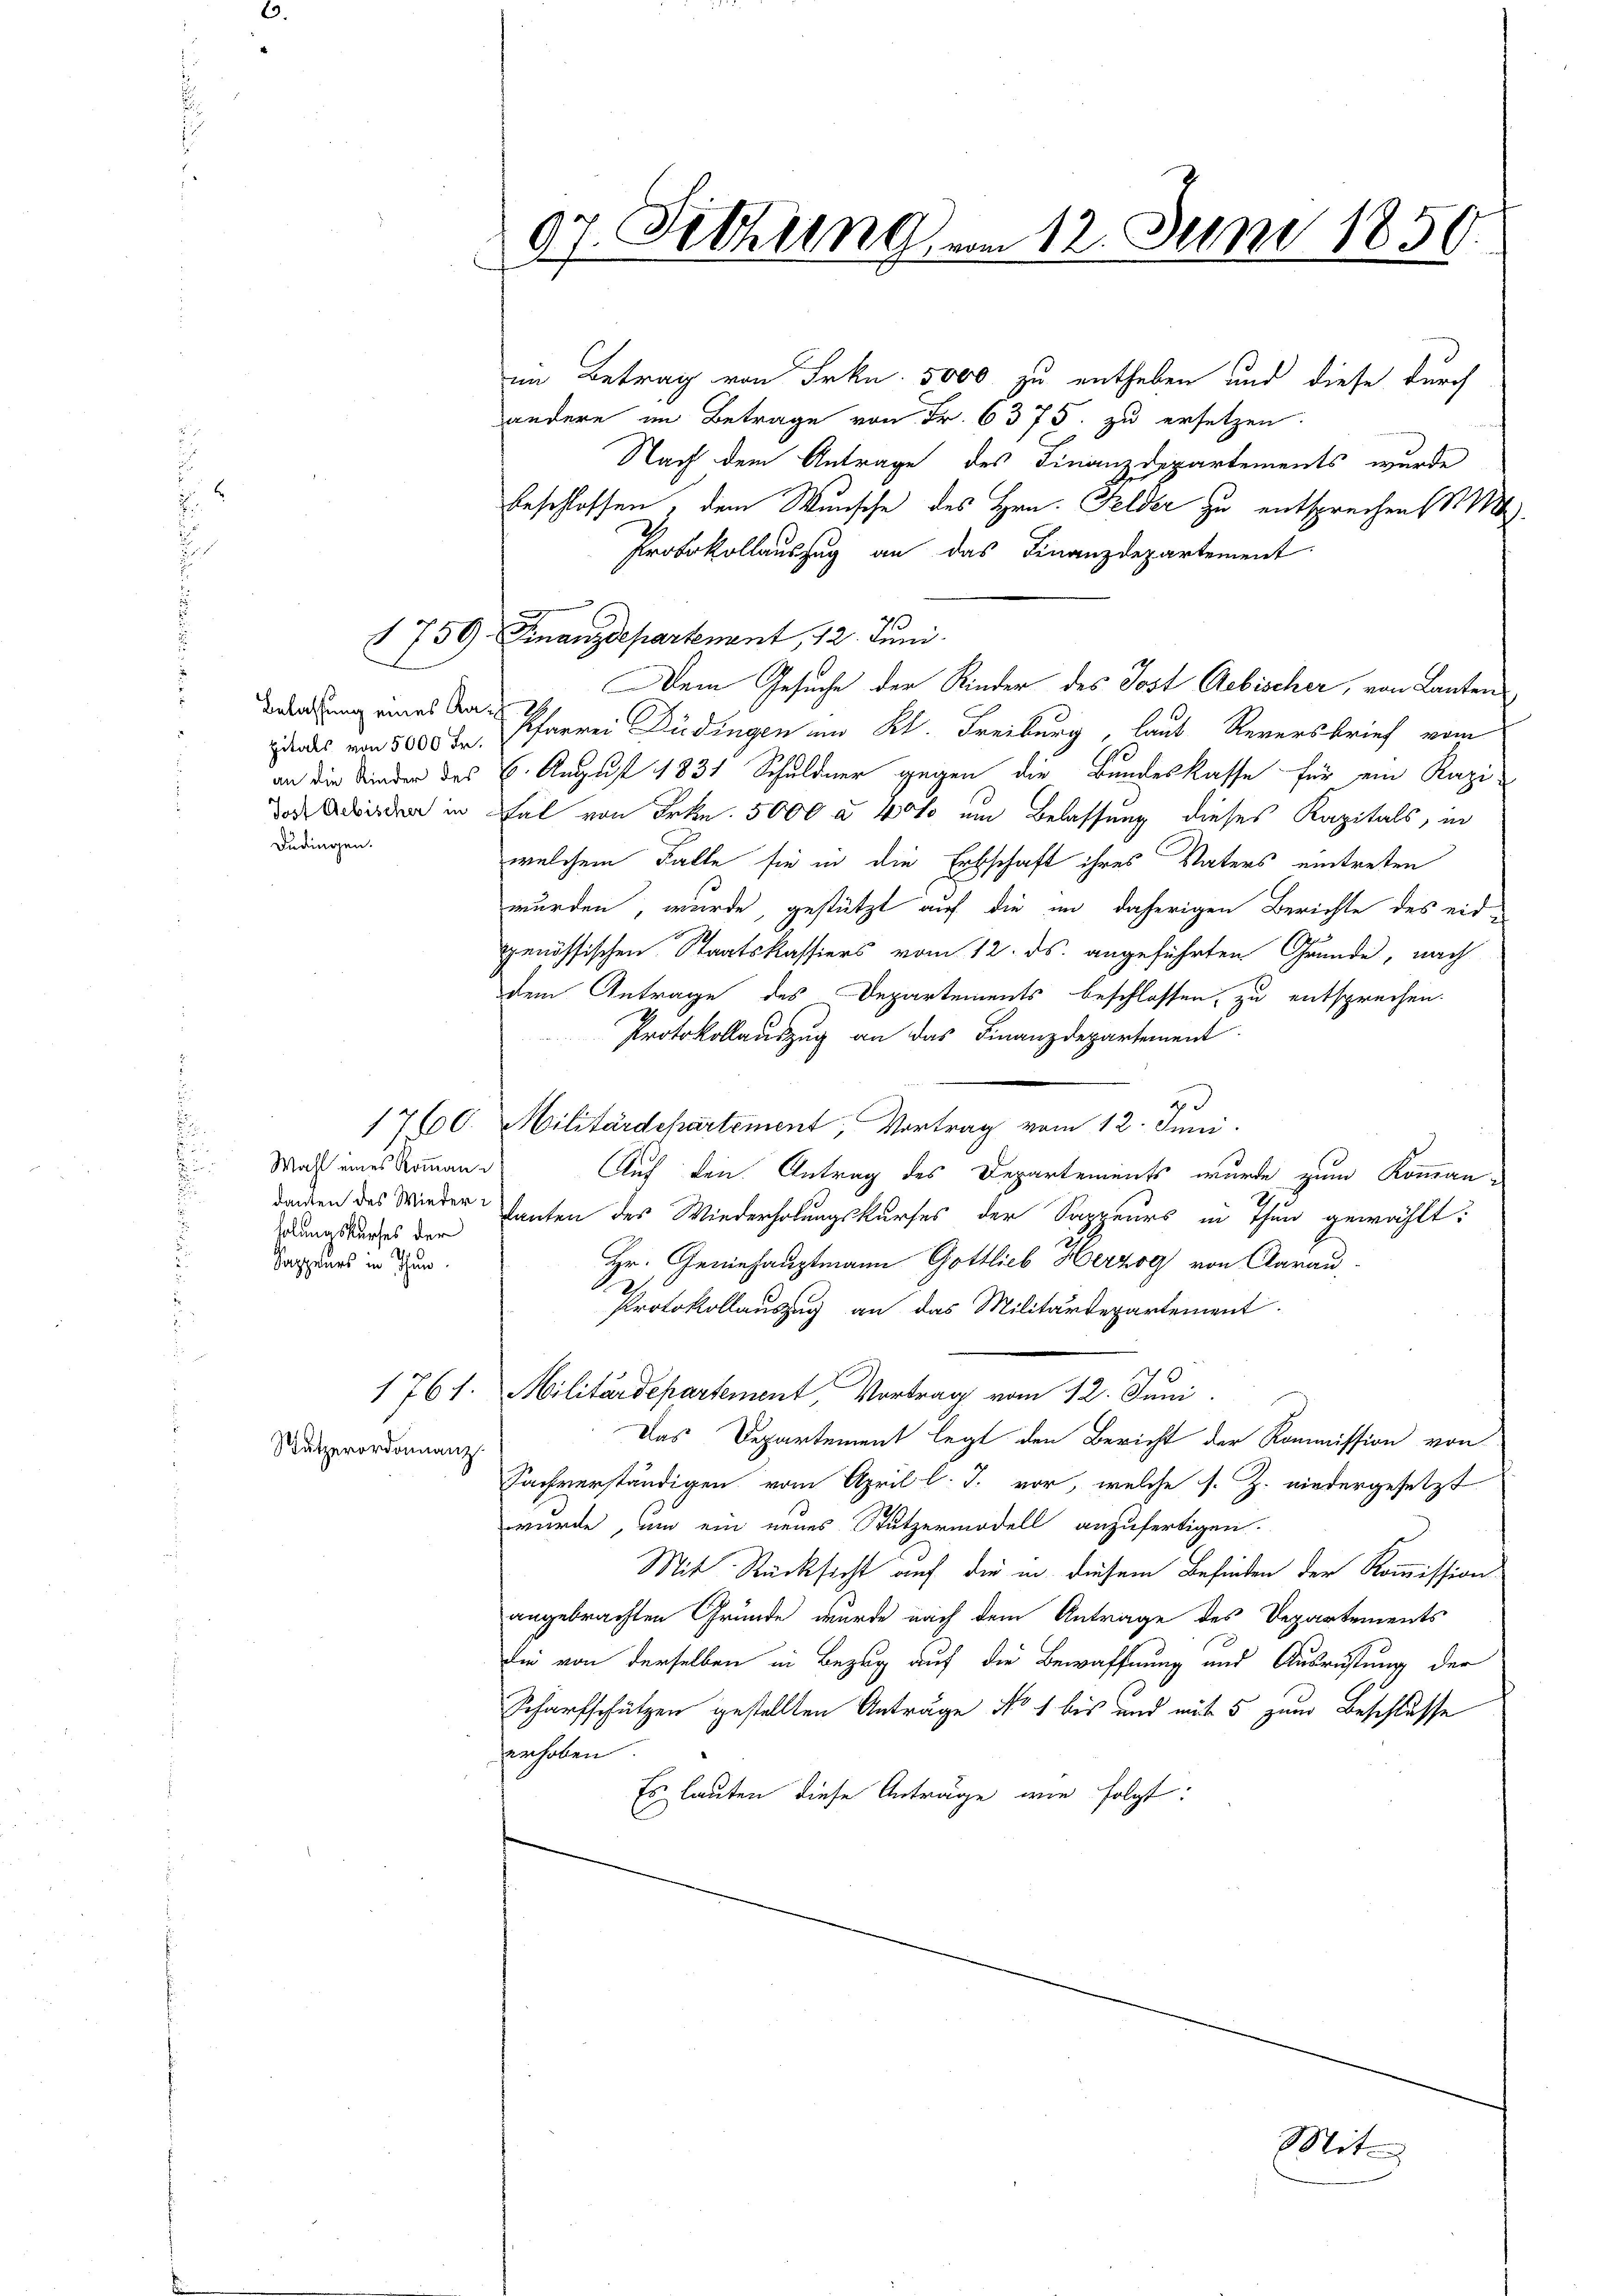
pitals von 5000 Fr.
Dudingen.

Wahl eines Kommann
holungskurses der
Sappeurs in Thun.

Nutzerordonnanz

im Betrag von Frkn. 5000. zu entheben und diese durch
andere im Betrage von Fr. 6375. zu ersetzen.
Nach dem Antrage des Finanzdepartements wurde
beschlossen, dem Wunsche des Hrn. Felder zu entsprechen M
Protokollauszug an das Finanzdepartement
n
1759 Finanzdepartement, 12. Juni.
Dem Gesuche der Kinder des Jost Aebischer, von Lanten
Beratung eines San Pfarrei Büdingen an Kl. Freiburg, laut Reversbrief vom
an die Kinder des C. August 1831 Schuldner gegen die Bundeskasse für ein Kapi-
das Aderden in Fal von Frkn. 5000 à 40% um Belassung dieses Kapitals, in
welchem Falle sie in die Erbschaft ihres Vaters eintreten
wurden, wurde, gestützt auf die in daherigen Berichte des eidgenössischen Staatskassiers vom 12. ds. angeführten Grunde, nach
dem Antrage des Departements beschlossen, zu entsprechen.
Protokollauszug an das Finanzdepartement
d
17600. Militärdepartement, Vortrag vom 12. Juni.
Auf den Antrag des Departements wurde zum Komman-
damen des Wieder hanten des Wiederholungskurses der Sappeurs in Thun gewählt:
Hr. Geniehauptmann Gottlieb Herzog von Clarau
Protokollauszug an das Militärdepartement
1761. Militärdepartement, Vortrag vom 12. Juni
Das Departement legt den Bericht der Kommission von
Fachverständigen vom April l. J. vor, welche s. Z. niedergesetzt
wurde, und ein neues Stutzermodell anzufertigen.
Mit Rücksicht auf die in diesem Befinden der Kommission
angebrachten Gründe, wurde nach dem Antrage des Departements
die von derselben in Bezug auf die Bewaffnung und Ausrüstung der
Scharfschützen gestellten Anträge No 1 bis und mit 5 zum Beschlusse
erhoben.
Es lauten diese Anträge wie folgt:

07. Setzung am 12. Juni 1859.
unnen

Mit